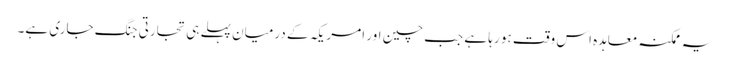
یہ ممکنہ معاہدہ اس وقت ہو رہا ہے جب چین اور امریکہ کے درمیان پہلے ہی تجارتی جنگ جاری ہے۔